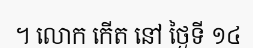
។ លោក កើត នៅ ថ្ងៃទី ១៤